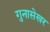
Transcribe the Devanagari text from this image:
गुनासेखर